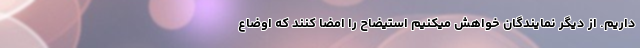
داریم. از دیگر نمایندگان خواهش میکنیم استیضاح را امضا کنند که اوضاع